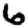
Digit: 6